Scottish Leaving Certificate Examination, 1956
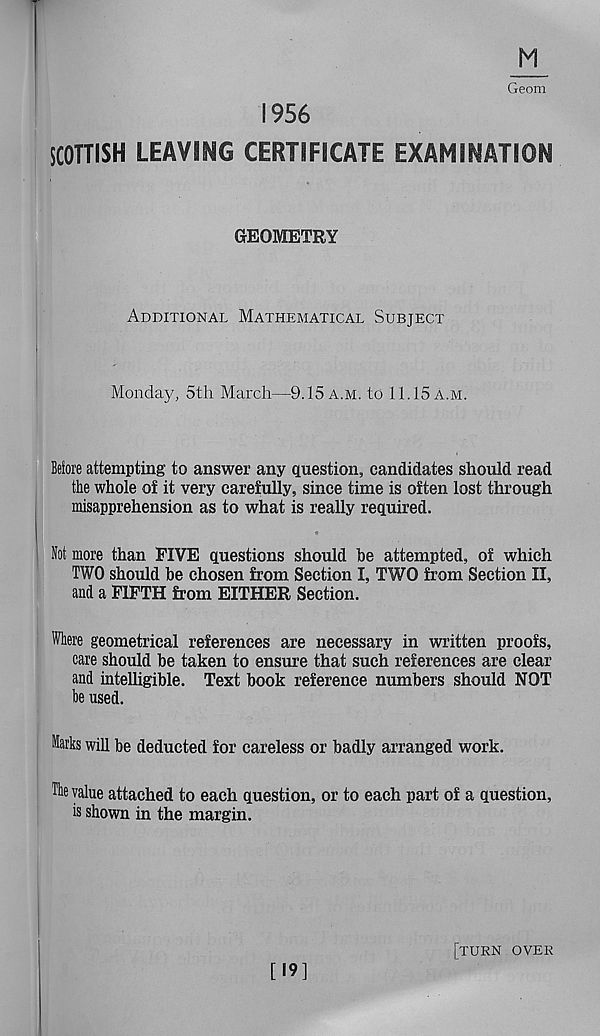
M
Geom
1956
SCOTTISH LEAVING CERTIFICATE EXAMINATION
GEOMETRY
Additional Mathematical Subject
Monday, 5th March—9.15 a.m. to 11.15 a.m.
Before attempting to answer any question, candidates should read
the whole of it very carefully, since time is often lost through
misapprehension as to what is really required.
Not more than FIVE questions should he attempted, of which
TWO should be chosen from Section I, TWO from Section II,
and a FIFTH from EITHER Section.
Where geometrical references are necessary in written proofs,
care should be taken to ensure that such references are clear
and intelligible. Text book reference numbers should NOT
be used.
Marks will be deducted for careless or badly arranged work.
The value attached to each question, or to each part of a question,
is shown in the margin.
[19]
[turn over